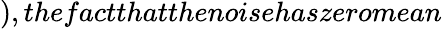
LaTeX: ),thefactthatthenoisehaszeromean